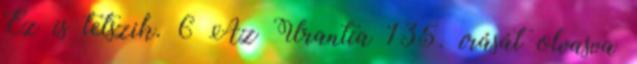
Ez is tetszik. 6 Az Urantia 135. írását olvasva